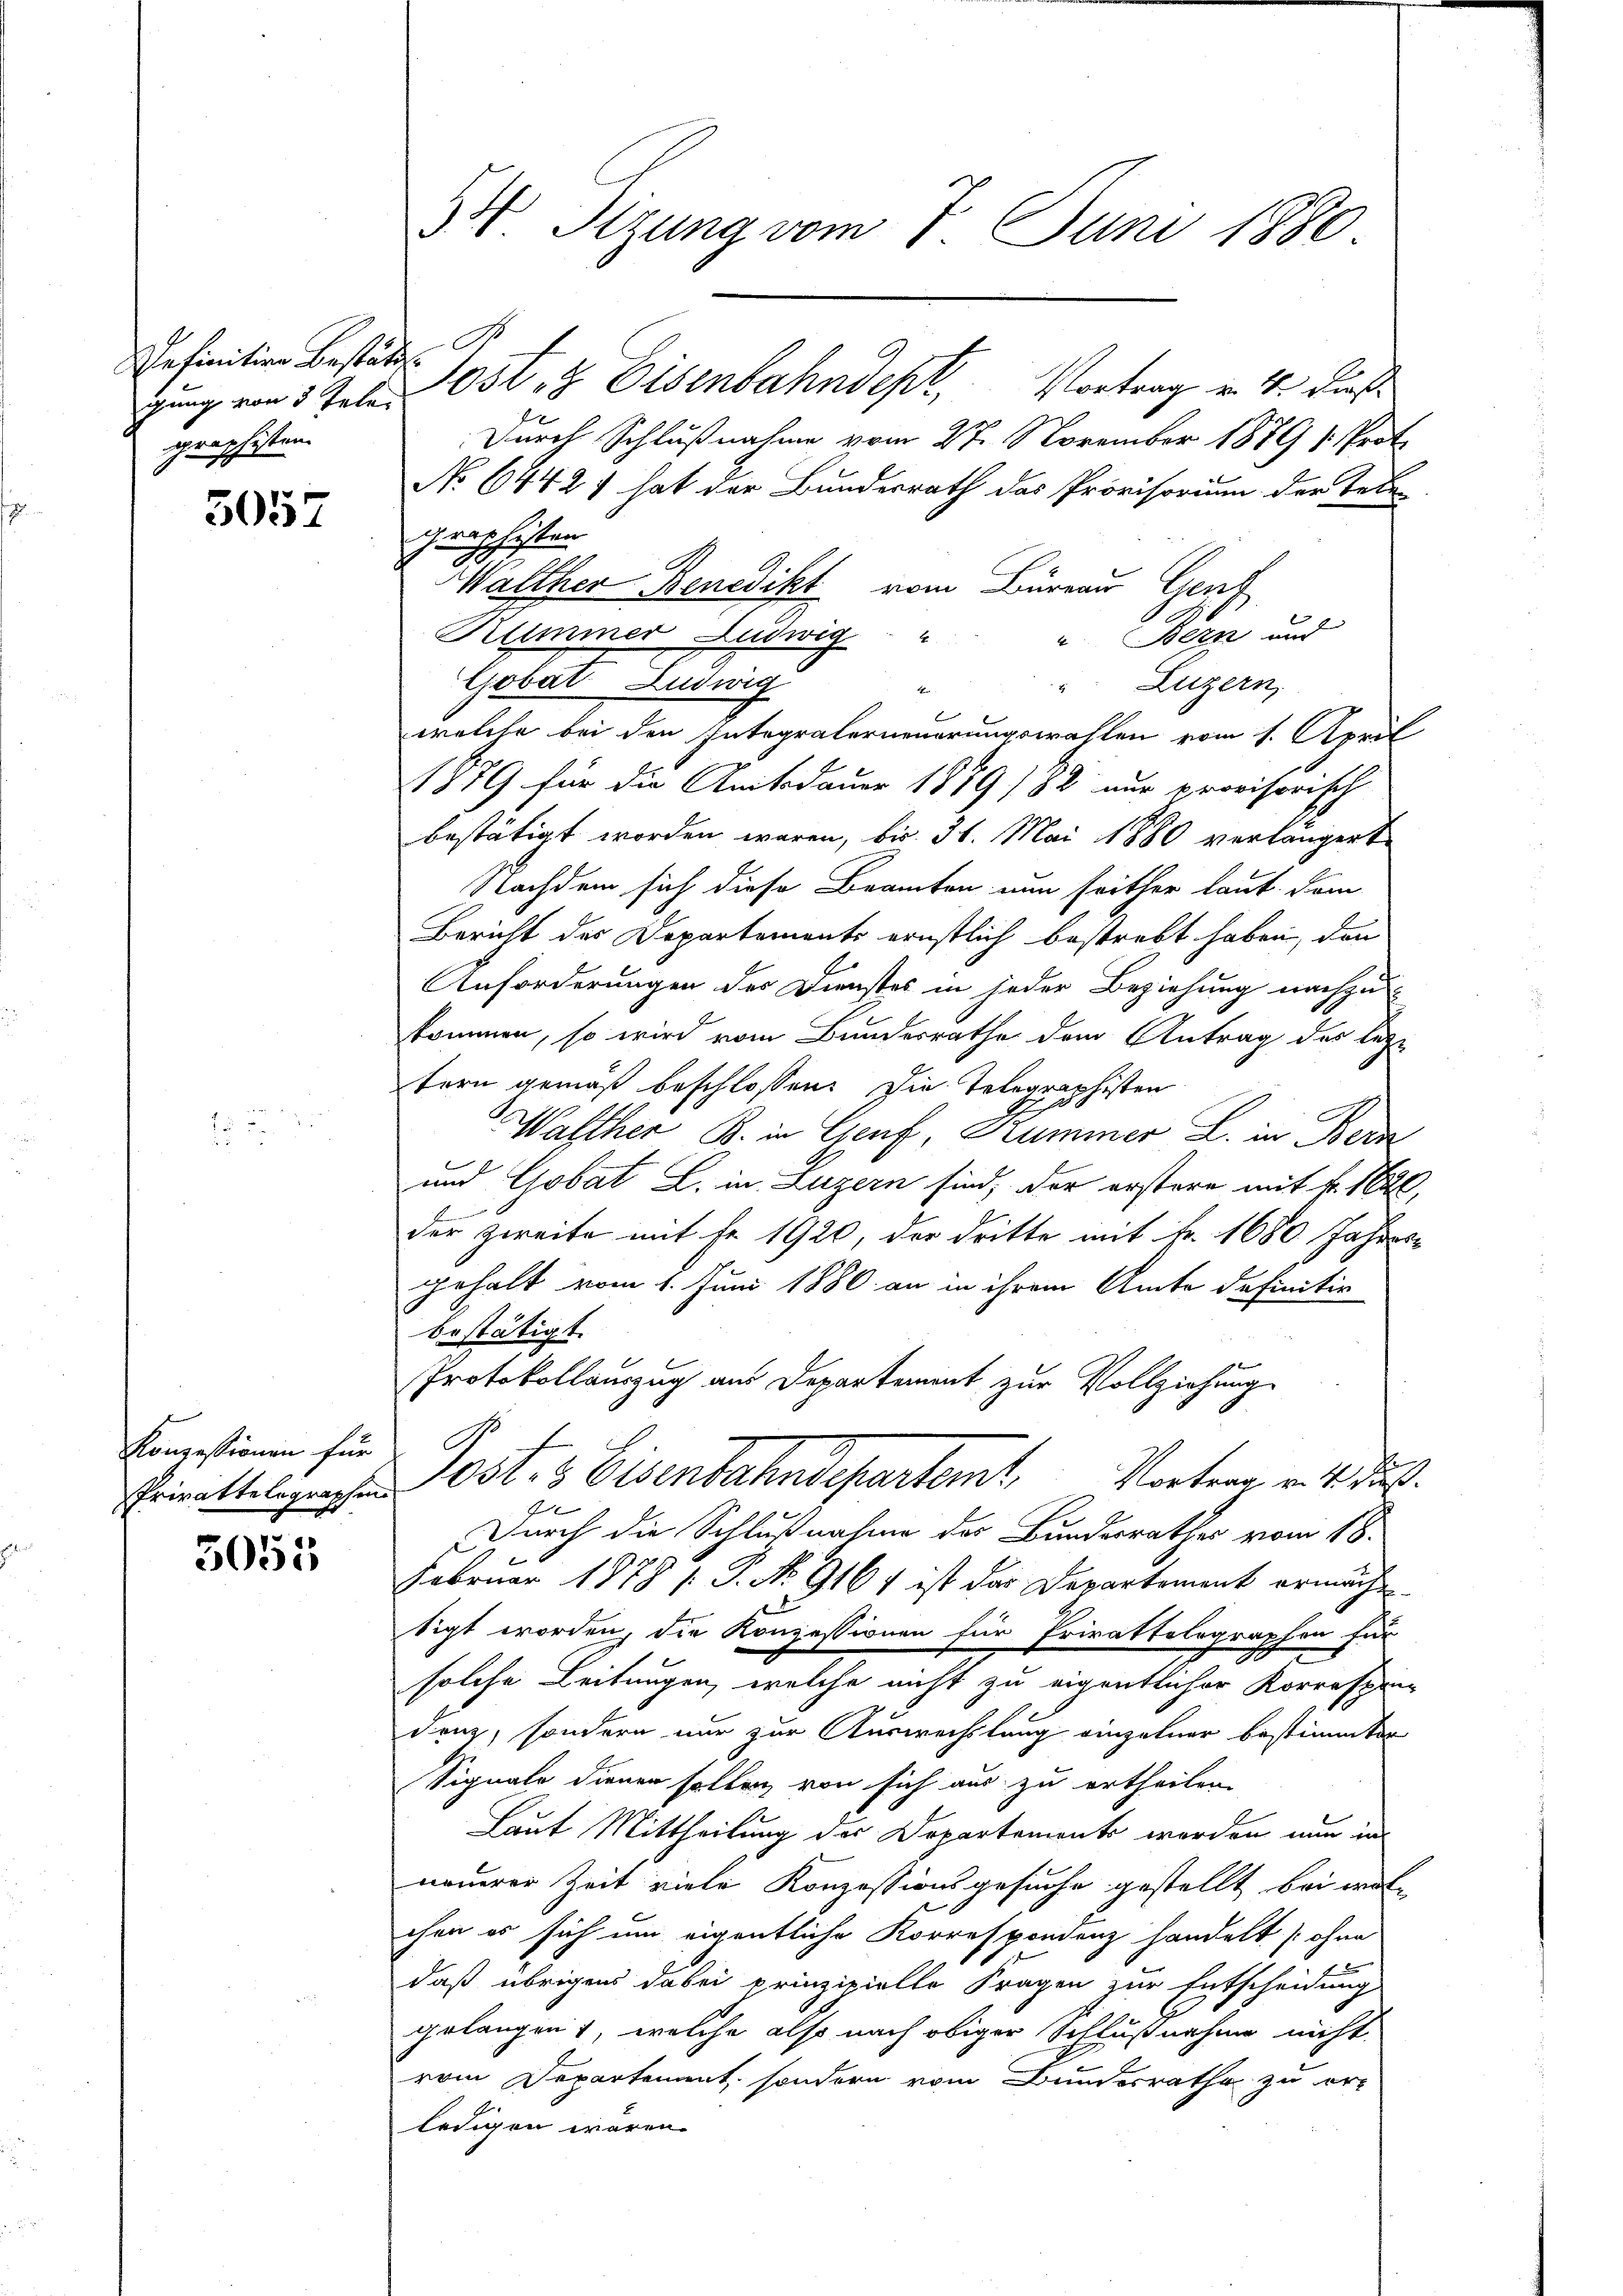
Definition bestätt
gung von 5 Tele
graschisten.

3057

Konzessionen für

5051.

B4. Sizung vom 7. Juni 1880

C
Durch Schlußnahme vom 27. November 1879 v. Prot.
No 6442) hat der Bundesrath das Provisorium der betre
hraphisten
Walther Benedikt vom Büreau Genf
Rummer Ludwig "
" Bern und
Gobat Ludwig
" Luzern,
4
welche bei den Integralerneuerungswahlen vom 1. April
1879 für die Amtsdauer 1879 182 nur provisorisch
bestätigt worden waren, bis 31. Mai 1880 verlängert
Nachdem sich diese Beamten nun seither laut dem
Bericht des Departements ernstlich bestrebt haben, den
Anforderungen des Dienstes in jeder Beziehung nachzukommen, so wird vom Bundesrathe dem Antrag des lezt
tern gemäß beschlossen: Die Telegraphisten
1
Walther B. in Genf, Kummer L. in Bern
und Gobat L. in Luzern sind, der erstere mit fr. 12,
der zweite mit Fr. 1920, der dritte mit Fr. 1680 Jahres
gehalt vom 1. Juni 1886 an in ihrem Amte definitiv
bestätigt.
Protokollauszug aus Departement zur Vollziehung
Erittelegen Post 3 Eisenbahndepartemt. Vortrag v. 4. Ju
Durch die Schlußnahme des Bundesrathes vom 18.
Februar 1878 / P. No. 916 f ist das Departement ermächt
sigt worden, die Konzessionen für Privattelegraphen für
solche Leitungen, welche nicht zu eigentlicher Korrespen
denz, sondern nur zur Auswechslung einzelner bestimmten
Signale dienen sollen, von sich aus zu ertheilen.
Laut Mittheilung der Departement worden nun in
neuerer Zeit viele Konzessionsgesuche gestellt bei wol
chen es sich um eigentliche Korrespondenz handelt [ohne
daß übrigens dabei prinzipielle Fragen zur Entscheidung
gelangen, welche also nach obiger Schlußnahme nicht
vom Departement, sondern vom Bundesrathe zu er-
ledigen wären.

lost & Eisenbahndept, Vortrag v. 4. dieß